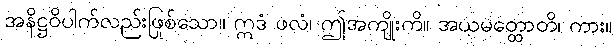
အနိဋ္ဌဝိပါက်လည်းဖြစ်သော။ ဣဒံ ဖလံ၊ ဤအကျိုးကို။ အယမတ္ထောတိ၊ ကား။